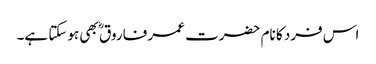
اس فرد کا نام حضرت عمر فاروق ؓ بھی ہوسکتا ہے۔